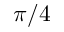
\pi / 4